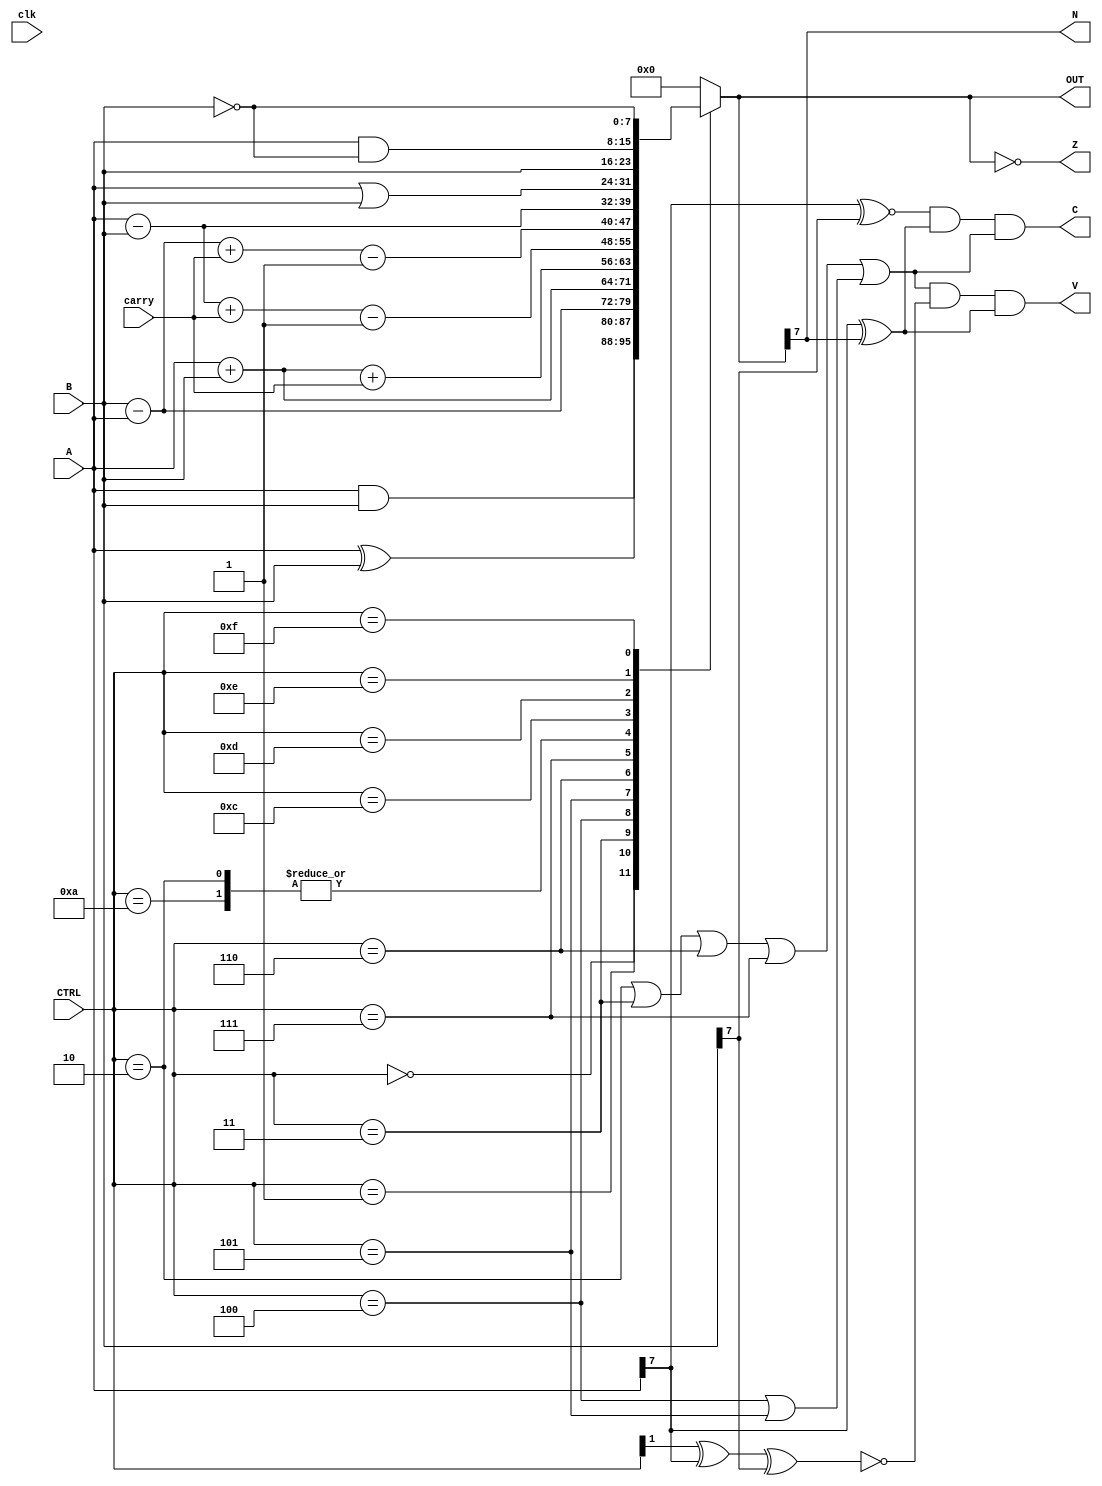
module ALU#(parameter W=8)
(
	input 		clk,
	input		[W-1:0] A,B,
	input		[3:0]	CTRL,
	input		carry,
	output		C, V, N, Z,
	output 	  	[W-1:0]	OUT
);
	wire addition, subtraction,arithmetic,oVrequisite,MSBcheck;
	reg	[W:0]	RESULT;

	assign subtraction	= (CTRL==2)|(CTRL==3)|(CTRL==6)|(CTRL==7),
		   addition		= (CTRL==4)|(CTRL==5),
		   arithmetic 	= subtraction|addition,
		   oVrequisite  = ~(CTRL[1]^A[W-1]^B[W-1]),
		   MSBcheck		= A[W-1]^OUT[W-1],
		   OUT 			= RESULT[W-1:0];

	assign V = arithmetic & oVrequisite & MSBcheck,
		   //C = RESULT[W] & arithmetic,
		   C = (A[W-1]~^B[W-1])&(OUT[W-1]^A[W-1])&arithmetic,
		   N = OUT[W-1] ,
		   Z = (OUT == 0);

	always@(*) begin
		case(CTRL)
			0:begin 	//AND
				RESULT <= A&B;
			end
			1:begin 	//EXOR
				RESULT <= A^B;
			end

			2:begin 	//SUB-AB
				RESULT <= A-B;
			end
			3:begin 	//SUB-BA
				RESULT <= B-A;
			end
			4:begin 	//ADD
				RESULT <= A+B;
			end
			5:begin 	//ADD CARRY
				RESULT <= A+B+carry;
			end
			6:begin 	//SUB-AB CARRY
				RESULT <= A-B+carry-1;
			end
			7:begin 	//SUB-BA CARRY
				RESULT <= B-A+carry-1;
			end
			10:begin 	//CMP-AB
				RESULT <= A-B;
			end
			12:begin 	//ORR
				RESULT <= A|B;
			end

			13:begin 	//MOVE
				RESULT <= B;
			end
			14:begin 	//BIT CLEAR
				RESULT <= A&~B;
			end
			15:begin 	//MOVE NOT
				RESULT <= ~B;			
			end
			
			default:begin //RESET
				RESULT <= 0;
			end
		endcase
	end
endmodule